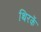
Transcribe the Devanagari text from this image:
थिरकें